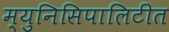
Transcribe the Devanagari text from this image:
म्युनिसिपालिटीत